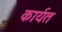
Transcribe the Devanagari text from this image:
कार्यत